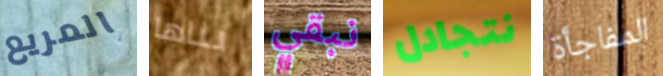
المريع بناها نبقي نتجادل المفاجأة